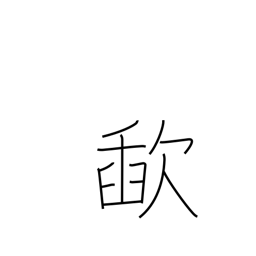
Meaning: slurp